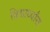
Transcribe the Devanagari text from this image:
विद्यार्थ्यांस